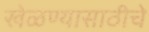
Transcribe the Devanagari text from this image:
खेळण्यासाठीचे